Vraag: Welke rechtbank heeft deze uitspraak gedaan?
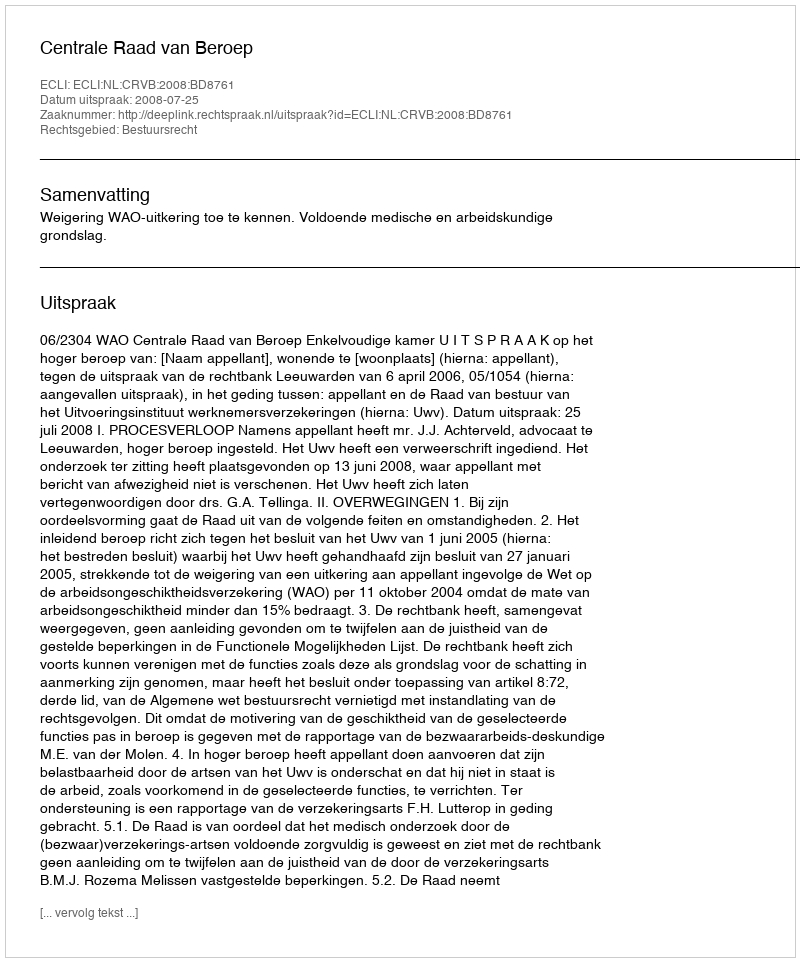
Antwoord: Centrale Raad van Beroep